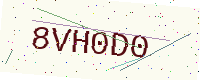
Text: 8VH0D0